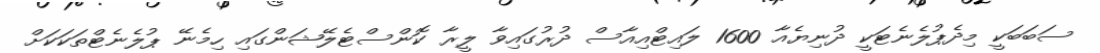
ސަބަބަކީ މިދެޕުލެނެޓަކީ ދުނިޔެއާ 1600 ލައިޓްއިއާސް ދުރުގައިވާ ލީރާ ކޮންސްޓެލޭޝަންގައި ހިމެނޭ ޕުލެނެޓްތަކަކަށް